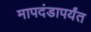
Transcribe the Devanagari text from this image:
मापदंडापर्यंत